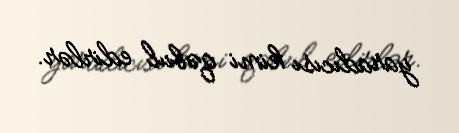
yaradıcısı kimi qəbul edirlər.